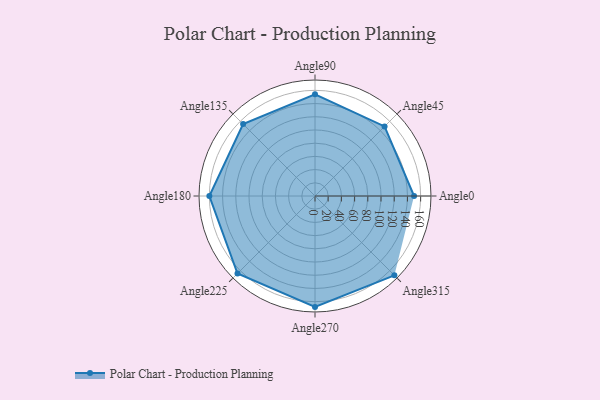
{"axis": {"x": "Angle", "y": "Radius"}, "legend": [""], "data": [{"x": "Angle0", "y": 150.0, "type": ""}, {"x": "Angle45", "y": 149.0, "type": ""}, {"x": "Angle90", "y": 154.0, "type": ""}, {"x": "Angle135", "y": 154.0, "type": ""}, {"x": "Angle180", "y": 160.0, "type": ""}, {"x": "Angle225", "y": 166.0, "type": ""}, {"x": "Angle270", "y": 168.0, "type": ""}, {"x": "Angle315", "y": 170, "type": ""}]}